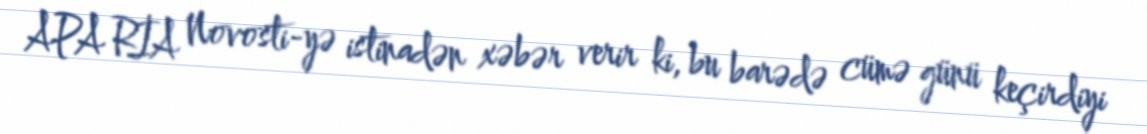
APA RİA Novosti-yə istinadən xəbər verir ki, bu barədə cümə günü keçirdiyi